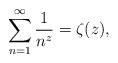
\begin{align*}\sum\limits_{n=1}^{\infty}\frac{1}{n^z}=\zeta(z),\end{align*}